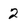
Character: 2